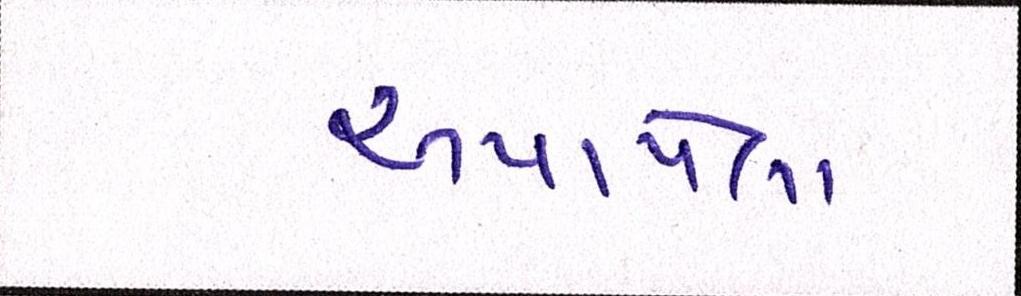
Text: અપાયેલા